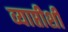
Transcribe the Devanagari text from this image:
व्याप्तीशी